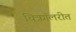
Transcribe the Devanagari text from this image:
चित्रगॅलरीत